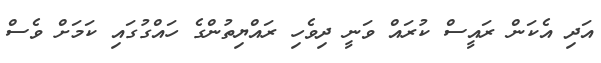
އަދި އެކަން ރައީސް ކުރައް ވަނީ ދިވެހި ރައްޔިތުންގެ ހައްގުގައި ކަމަށް ވެސް